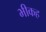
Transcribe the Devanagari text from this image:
भीकह